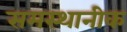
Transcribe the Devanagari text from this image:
समस्थानीक